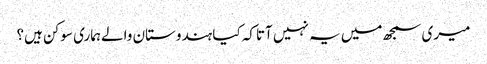
میری سمجھ میں یہ نہیں آتاکہ کیا ہندوستان والےہماری سوکن ہیں؟